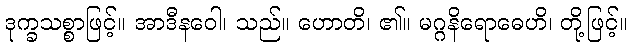
ဒုက္ခသစ္စာဖြင့်။ အာဒီနဝေါ၊ သည်။ ဟောတိ၊ ၏။ မဂ္ဂနိရောဓေဟိ၊ တို့ဖြင့်။